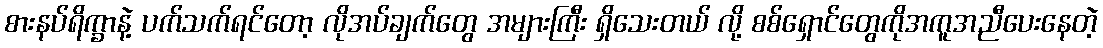
စားနပ်ရိက္ခာနဲ့ ပက်သက်ရင်တော့ လိုအပ်ချက်တွေ အများကြီး ရှိသေးတယ် လို့ စစ်ရှောင်တွေကိုအကူအညီပေးနေတဲ့